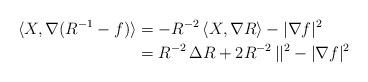
LaTeX: \begin{align*} \langle X,\nabla (R^{-1}-f) \rangle &= -R^{-2} \, \langle X,\nabla R \rangle - |\nabla f|^2 \\ &= R^{-2} \, \Delta R + 2R^{-2} \, ||^2 - |\nabla f|^2 \end{align*}